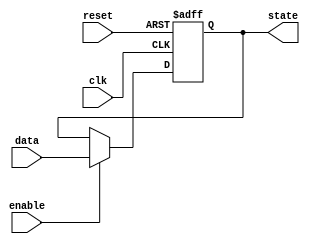
module flip_flop (
    input wire data,
    input wire clk,
    input wire reset,
    input wire enable,
    output reg state
);

always @(posedge clk or posedge reset) begin
    if (reset) begin
        state <= 1'b0; // reset the flip-flop state
    end else if (enable) begin
        state <= data; // capture the data input on a rising clock edge when enable signal is asserted
    end
end

endmodule